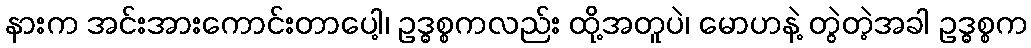
နားက အင်းအားကောင်းတာပေါ့၊ ဥဒ္ဓစ္စကလည်း ထို့အတူပဲ၊ မောဟနဲ့ တွဲတဲ့အခါ ဥဒ္ဓစ္စက